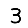
Digit: 3